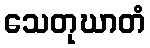
သေတုဃာတံ